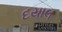
દયાલ